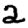
Digit: 2